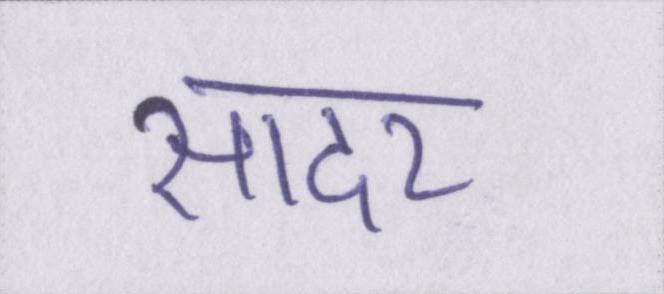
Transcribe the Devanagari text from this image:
सादर